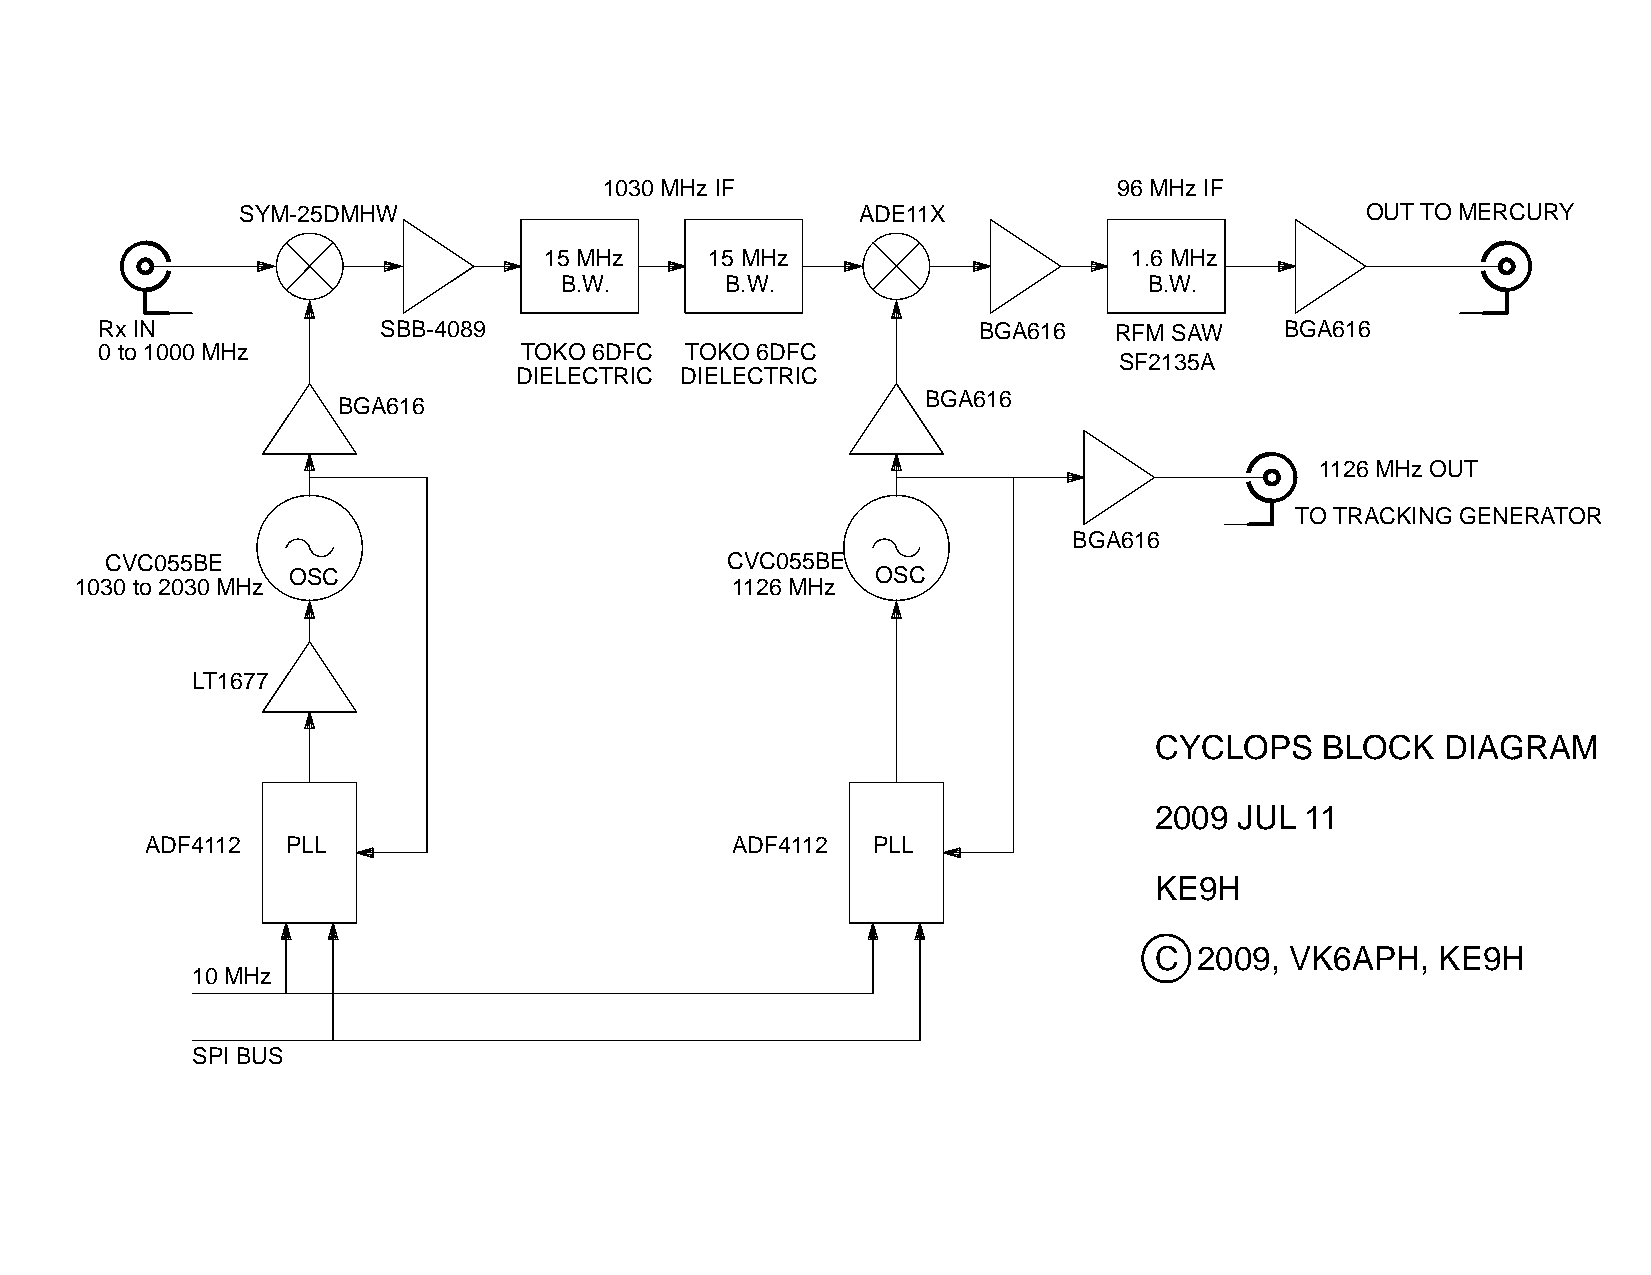
1030 MHz IF                       96 MHz IF
 SYM-25DMHW                               ADE11X                           OUT TO MERCURY
 15 MHz     15 MHz                      1.6 MHz
 B.W.       B.W.                        B.W.
 Rx IN             SBB-4089                                BGA616   RFM SAW    BGA616
 0 to 1000 MHz              TOKO 6DFC  TOKO 6DFC
 SF2135A
 DIELECTRIC DIELECTRIC
 BGA616
 BGA616
 1126 MHz OUT
 TO TRACKING GENERATOR
 BGA616
 CVC055BE                                 CVC055BE
 OSC                                    OSC
 1030 to 2030 MHz                           1126 MHz
 LT1677
 CYCLOPS    BLOCK    DIAGRAM
 2009  JUL 11
 ADF4112  PLL                          ADF4112   PLL
 KE9H
 C  2009, VK6APH,   KE9H
 10 MHz
 SPI BUS